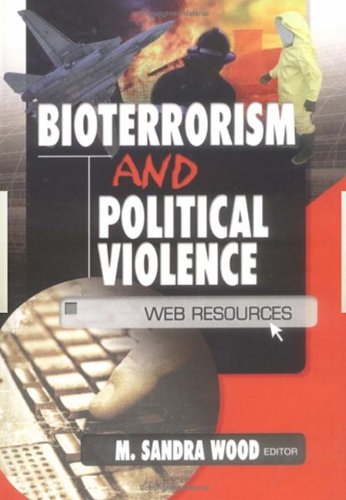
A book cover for Bioterrorism and Political Violence: Web Resources; M. Sandra Wood; Computers & Technology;